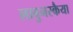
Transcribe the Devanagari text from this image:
लाबुनस्कैया